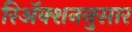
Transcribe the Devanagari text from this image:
रिॲक्शननुसार